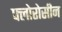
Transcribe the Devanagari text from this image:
फ्लोरोसीन